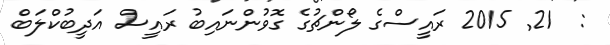
:  21